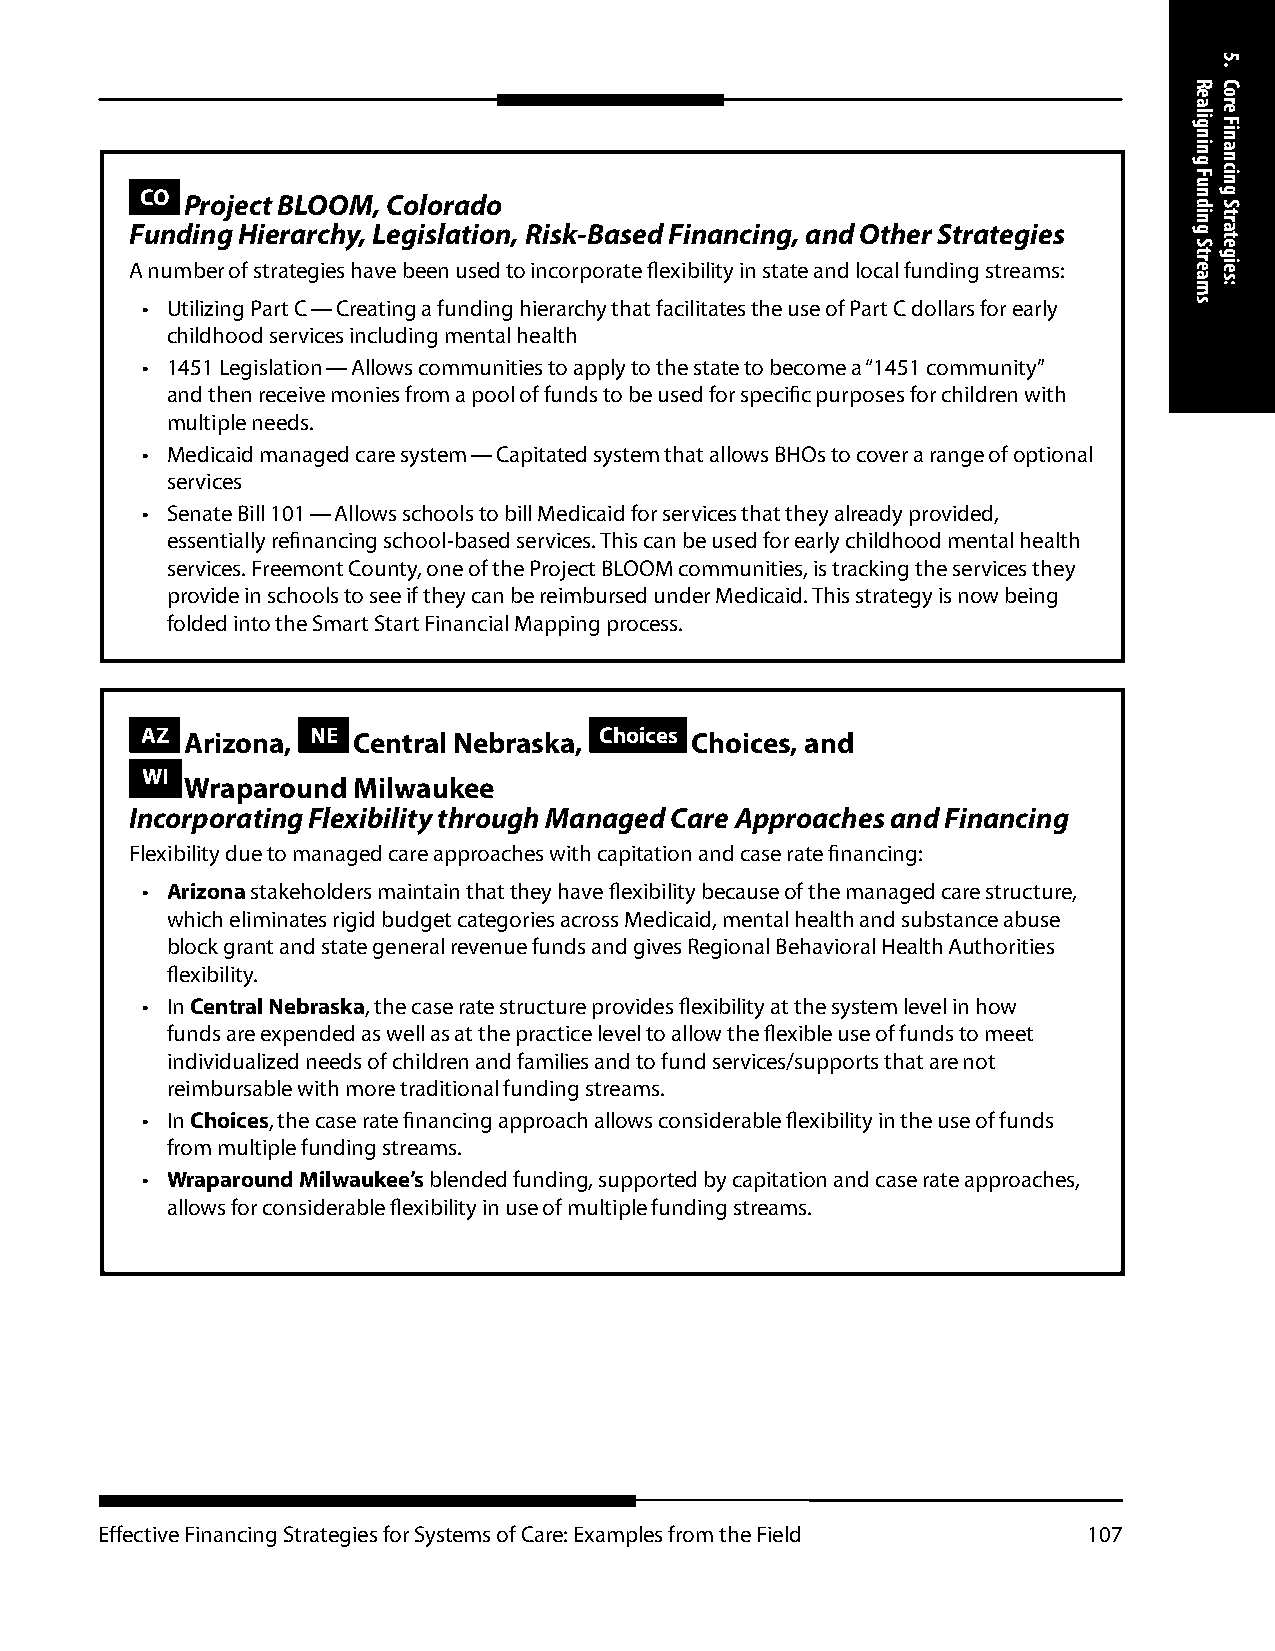
CO Project BLOOM, Colorado
 Funding Hierarchy, Legislation, Risk-Based Financing, and Other Strategies
 A number of strategies have been used to incorporate flexibility in state and local funding streams:
 • Utilizing Part C — Creating a funding hierarchy that facilitates the use of Part C dollars for early
 childhood services including mental health
 • 1451 Legislation — Allows communities to apply to the state to become a “1451 community”
 and then receive monies from a pool of funds to be used for specific purposes for children with
 multiple needs.
 • Medicaid managed care system — Capitated system that allows BHOs to cover a range of optional
 services
 • Senate Bill 101 — Allows schools to bill Medicaid for services that they already provided,
 essentially refinancing school-based services. This can be used for early childhood mental health
 services. Freemont County, one of the Project BLOOM communities, is tracking the services they
 provide in schools to see if they can be reimbursed under Medicaid. This strategy is now being
 folded into the Smart Start Financial Mapping process.
 AZ Arizona, NE Central Nebraska, Choices Choices, and
 WI
 Wraparound Milwaukee
 Incorporating Flexibility through Managed Care Approaches and Financing
 Flexibility due to managed care approaches with capitation and case rate financing:
 • Arizona stakeholders maintain that they have flexibility because of the managed care structure,
 which eliminates rigid budget categories across Medicaid, mental health and substance abuse
 block grant and state general revenue funds and gives Regional Behavioral Health Authorities
 flexibility.
 • In Central Nebraska, the case rate structure provides flexibility at the system level in how
 funds are expended as well as at the practice level to allow the flexible use of funds to meet
 individualized needs of children and families and to fund services/supports that are not
 reimbursable with more traditional funding streams.
 • In Choices, the case rate financing approach allows considerable flexibility in the use of funds
 from multiple funding streams.
 • Wraparound Milwaukee’s blended funding, supported by capitation and case rate approaches,
 allows for considerable flexibility in use of multiple funding streams.
 Effective Financing Strategies for Systems of Care: Examples from the Field 107
 Realigning
 Funding
 Streams
 5.
 Core
 Financing
 Strategies: